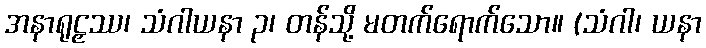
အနာရုဠှဿ၊ သံဂါယနာ ၃၊ တန်သို့ မတက်ရောက်သော။ (သံဂါ၊ ယနာ